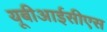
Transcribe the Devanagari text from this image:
यूबीआईसीएस